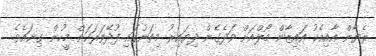
ރެޔާން އާއިއެކު އައިޒާން މޯލްއަށް ވަދެގެން ދިޔައިރު މިތަނުގައި ފުދޭވަރަކަށް މީހުން ގިނައެވެ.